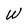
Character: W